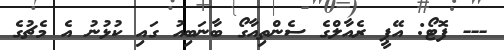
--- ފޮޓޯ: އޭޕީ ރެއާލްގެ ސެންތިއާގޯ ބާނަބިއު ގައި ކުޅުނު އެ މެޗުގެ